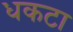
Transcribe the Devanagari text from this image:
धकटा